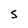
Character: S